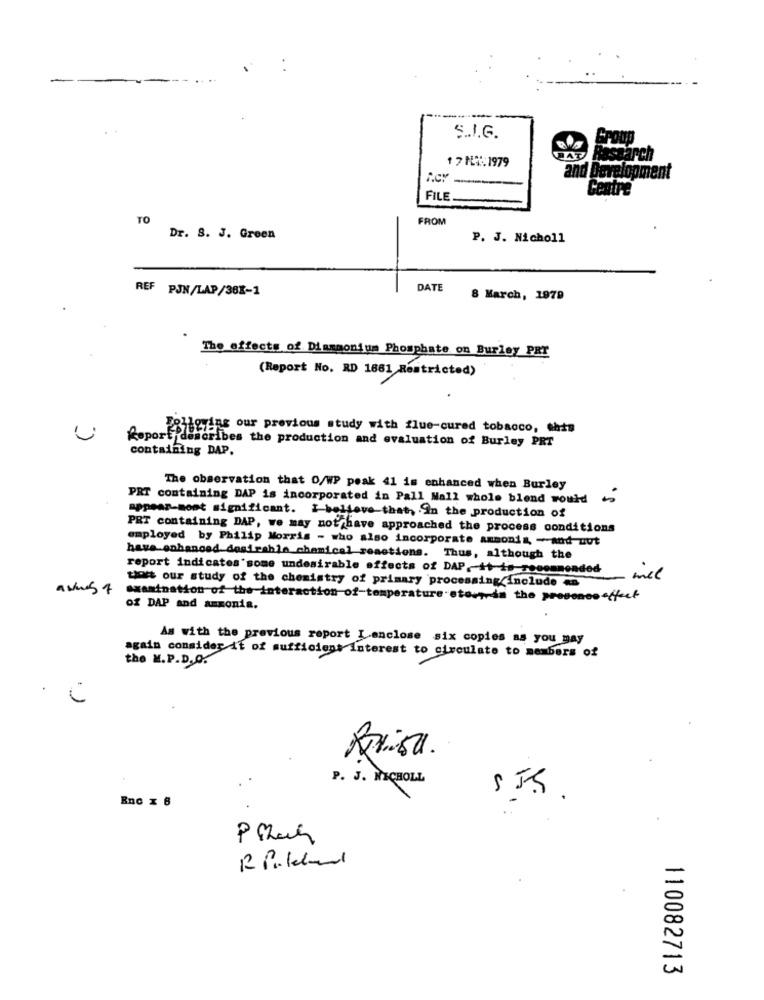
S.I.G.
1 7 HLX:1979
an
1.CY
FILE.
TO
FROM
Dr. S. J. Green
P. J. Nicholl
REF PJN/LAP/36K-1
DATE
8 March, 1979
The effects of Diammonium Phosphate on Burley PRT
(Report No. RD 1681 Restricted)
PBligyins our previous study with flue-cured tobacco, this
Report describes the production and evaluation of Burley PRT
containing DAP.
The observation that O/WP peak 41 is enhanced when Burley
PRT containing DAP is incorporated in Pall Mall whole blend would
appear-most significant. I believe that, . in the production of
PRT containing DAP, we may not have approached the process conditions
employed by Philip Morris - who also incorporate ammonia, - and uut
have enhanced desirable_chemical reactions. Thus, although the
report indicates'some undesirable effects of DAP ,- ++-in-recommended
tot our study of the chemistry of primary processing include <n
mel
avis 7
examination of the interaction of temperature stor, is the presenceeffect
Of DAP and ammonia.
As with the previous report Lanclose six copies as you may
again consider it of sufficient interest to circulate to members of
the M.P.D.O.
P. J. NICHOLL
.
Bnc x 6
CZ
110082713